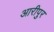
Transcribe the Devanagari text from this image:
आरीपुर